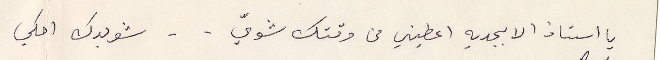
يا أستاذ الابجدية اعطيني من وقتك شويّ - - شو بدك احكي